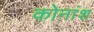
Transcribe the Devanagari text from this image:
कोनांश